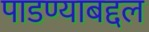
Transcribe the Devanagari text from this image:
पाडण्याबद्दल